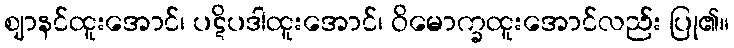
ဈာနင်ထူးအောင်၊ ပဋိပဒါထူးအောင်၊ ဝိမောက္ခထူးအောင်လည်း ပြု၏။